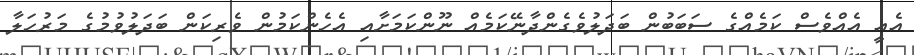
އެއީ އެއްވެސް ކަމެއްގެ ސަބަބުން ބަދަލުވެގެންދާނޭކަމެއް ނޫންކަމަށާއި އެހެންކަމުން ވެރިކަން ބަދަލުވުމުގެ މަރުހަލާ